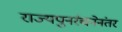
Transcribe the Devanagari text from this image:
राज्यपुनर्रचनेनंतर